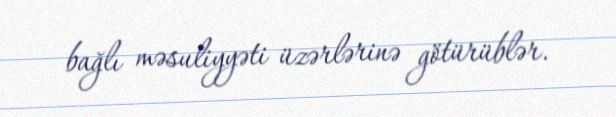
bağlı məsuliyyəti üzərlərinə götürüblər.